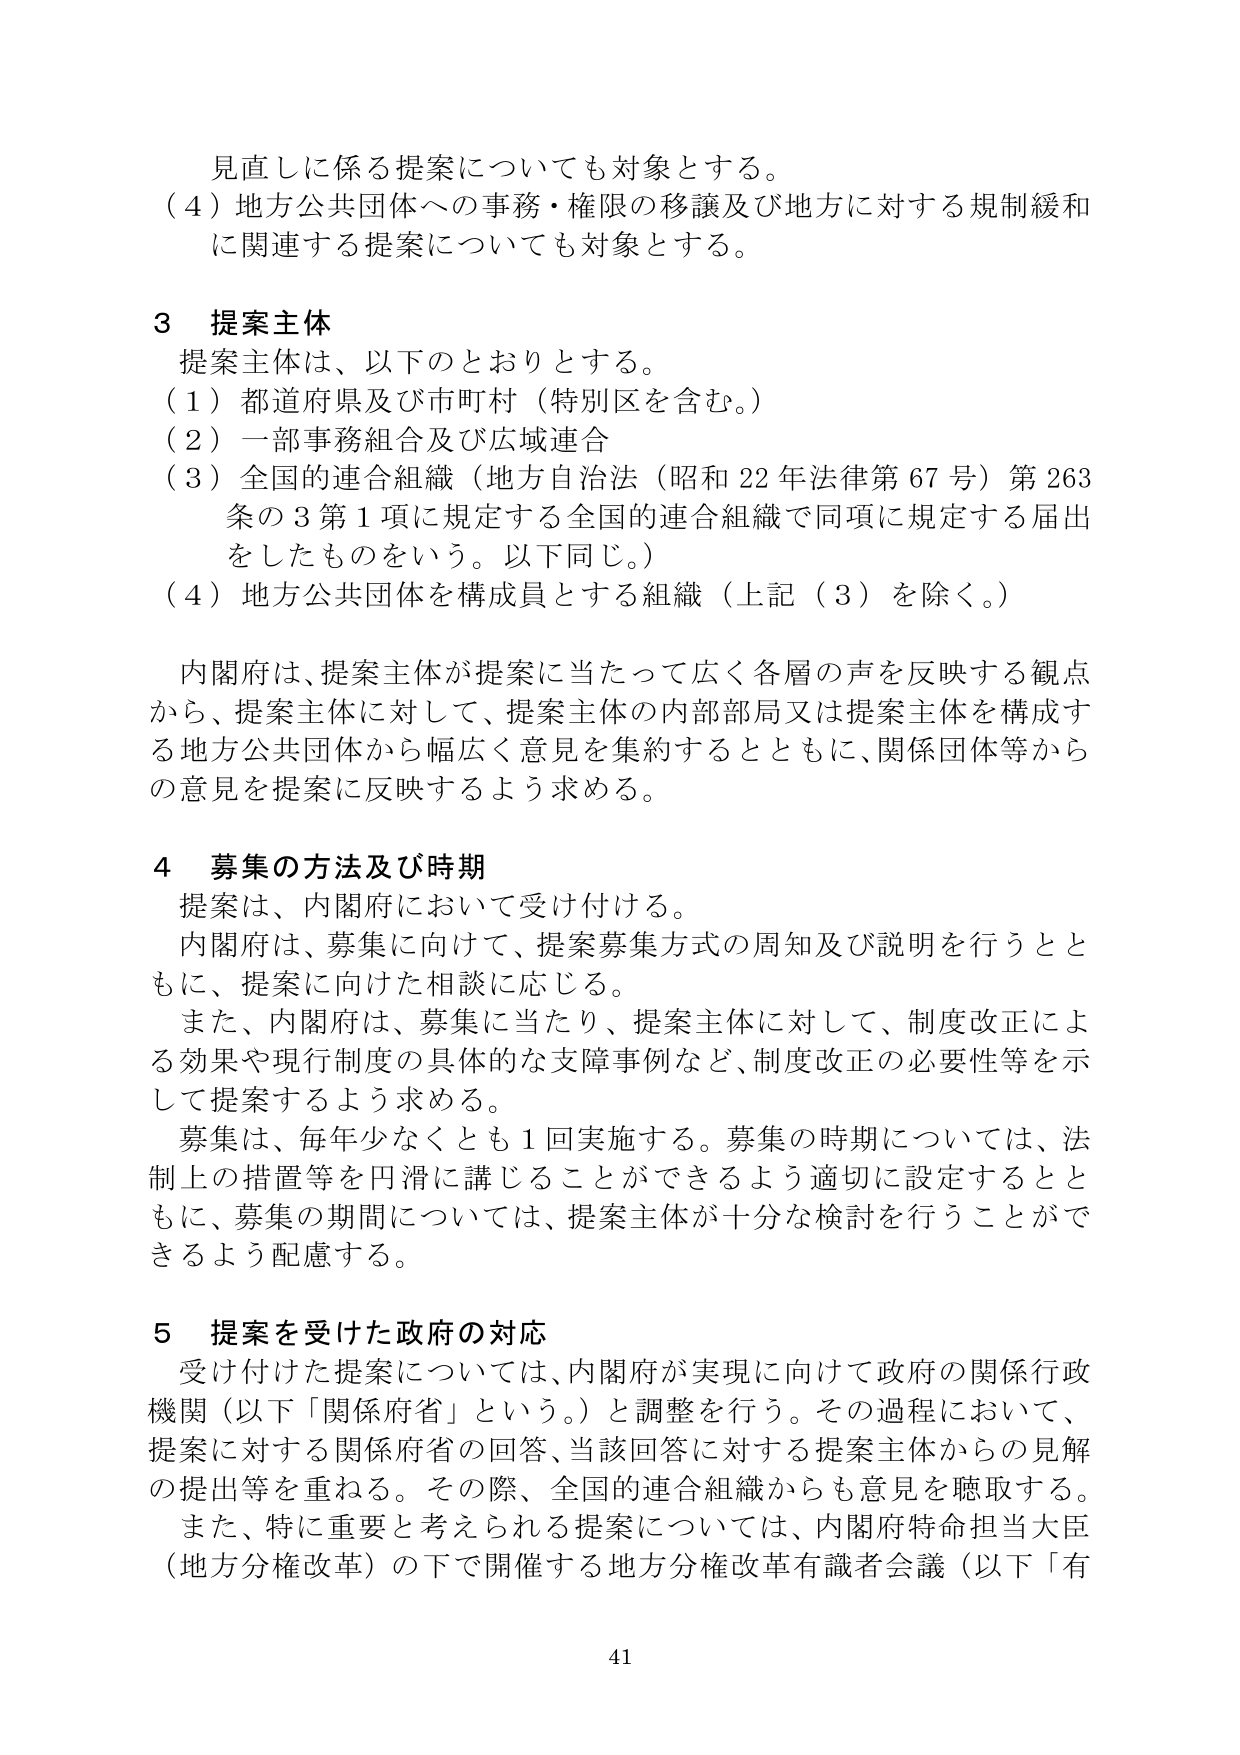
見直しに係る提案についても対象とする。
（４）地方公共団体への事務・権限の移譲及び地方に対する規制緩和
に関連する提案についても対象とする。

３ 提案主体
提案主体は、以下のとおりとする。
（１）都道府県及び市町村（特別区を含む。）
（２）一部事務組合及び広域連合
（３）全国的連合組織（地方自治法（昭和22年法律第67号）第263
条の3第1項に規定する全国的連合組織で同項に規定する届出
をしたものという。以下同じ。）
（４）地方公共団体を構成員とする組織（上記（3）を除く。）

内閣府は、提案主体が提案に当たって広く各層の声を反映する観点
から、提案主体に対して、提案主体の内部部局又は提案主体を構成す
る地方公共団体から幅広く意見を集約するとともに、関係団体等から
の意見を提案に反映するよう求める。

４ 募集の方法及び時期
提案は、内閣府において受け付ける。
内閣府は、募集に向けて、提案募集方式の周知及び説明を行うとと
もに、提案に向けた相談に応じる。
また、内閣府は、募集に当たり、提案主体に対して、制度改正によ
る効果や現行制度の具体的な支障事例など、制度改正の必要性等を示
して提案するよう求める。
募集は、毎年少なくとも1回実施する。募集の時期については、法
制上の措置等を円滑に講じることができるよう適切に設定するとと
もに、募集の期間については、提案主体が十分な検討を行うことがで
きるよう配慮する。

５ 提案を受けた政府の対応
受け付けた提案については、内閣府が実現に向けて政府の関係行政
機関（以下「関係府省」という。）と調整を行う。その過程において、
提案に対する関係府省の回答、当該回答に対する提案主体からの見解
の提出等を重ねる。その際、全国的連合組織からも意見を聴取する。
また、特に重要と考えられる提案については、内閣府特命担当大臣
（地方分権改革）の下で開催する地方分権改革有識者会議（以下「有

41